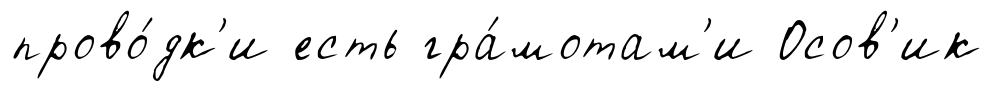
прово́дк'и есть гра́мотам'и Осов'ик